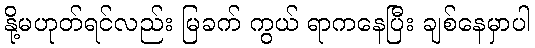
နို့မဟုတ်ရင်လည်း မြခက် ကွယ် ရာကနေပြီး ချစ်နေမှာပါ